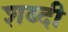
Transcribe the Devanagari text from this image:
शब्दी